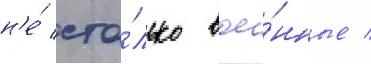
н'е́ сто́лько вое́нные /